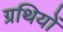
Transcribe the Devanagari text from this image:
ग्रथियों